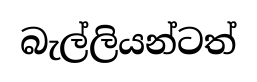
බැල්ලියන්ටත්